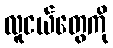
လူငယ်တွေကို